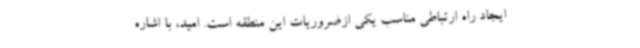
ایجاد راه ارتباطی مناسب یکی ازضروریات این منطقه است. امید، با اشاره